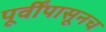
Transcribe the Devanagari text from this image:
पूर्वींपासूनच